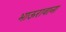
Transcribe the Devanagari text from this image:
भाऊरावाना